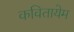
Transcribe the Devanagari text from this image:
कवितायेम